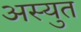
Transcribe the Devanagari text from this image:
अस्युत